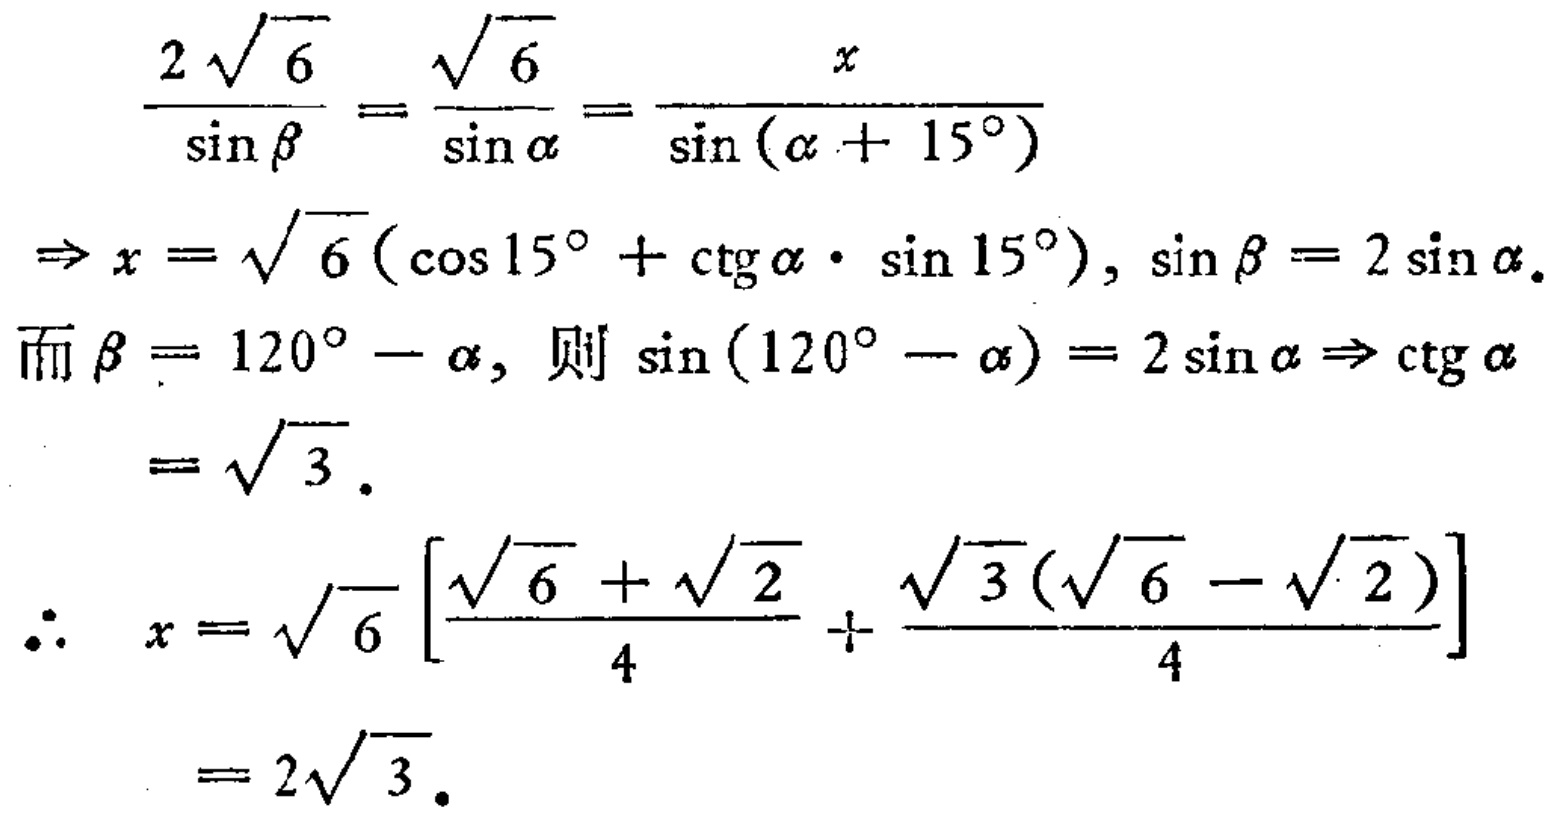
\[
\begin{align*}
\frac{2\sqrt{6}}{\sin\beta}&=\frac{\sqrt{6}}{\sin\alpha}=\frac{x}{\sin(\alpha + 15^{\circ})}\\
\Rightarrow x&=\sqrt{6}(\cos15^{\circ}+\cot\alpha\cdot\sin15^{\circ}),\sin\beta = 2\sin\alpha.\\
\text{而}\beta&=120^{\circ}-\alpha,\text{ 则 }\sin(120^{\circ}-\alpha)=2\sin\alpha\Rightarrow\cot\alpha\\
&=\sqrt{3}.\\
\therefore x&=\sqrt{6}\left[\frac{\sqrt{6}+\sqrt{2}}{4}+\frac{\sqrt{3}(\sqrt{6}-\sqrt{2})}{4}\right]\\
&=2\sqrt{3}.
\end{align*}
\]